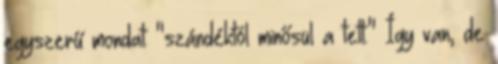
egyszerű mondat: "szándéktól minősül a tett." Így van, de